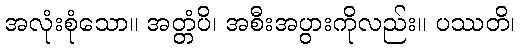
အလုံးစုံသော။ အတ္တံပိ၊ အစီးအပွားကိုလည်း။ ပဿတိ၊